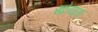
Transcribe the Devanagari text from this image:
खोऱ्याला